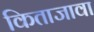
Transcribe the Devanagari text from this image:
किताजावा